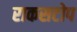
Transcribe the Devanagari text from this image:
राकसटोप